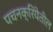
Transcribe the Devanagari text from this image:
पचनक्रियेतील